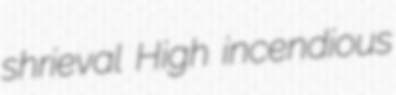
shrieval High incendious